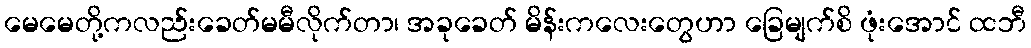
မေမေတို့ကလည်းခေတ်မမီလိုက်တာ၊ အခုခေတ် မိန်းကလေးတွေဟာ ခြေမျက်စိ ဖုံးအောင် ထဘီ